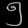
Digit: ၅